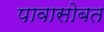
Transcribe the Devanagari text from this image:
पावासोबत